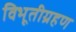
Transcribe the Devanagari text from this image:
विभूतीग्रहण